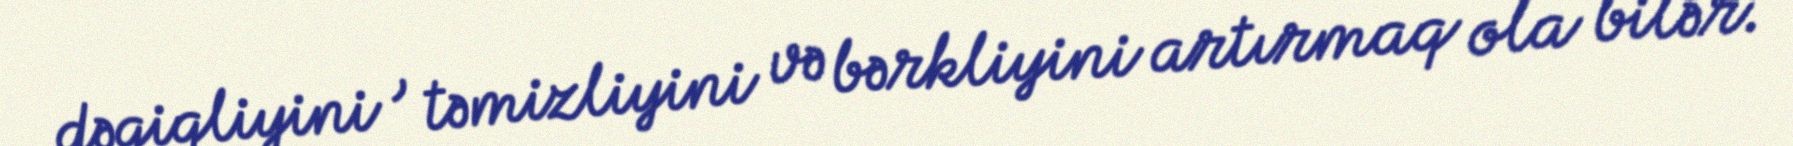
dəqiqliyini , təmizliyini və bərkliyini artırmaq ola bilər.